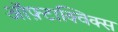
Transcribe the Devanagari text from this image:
ऑफ़्टाक्विक्स